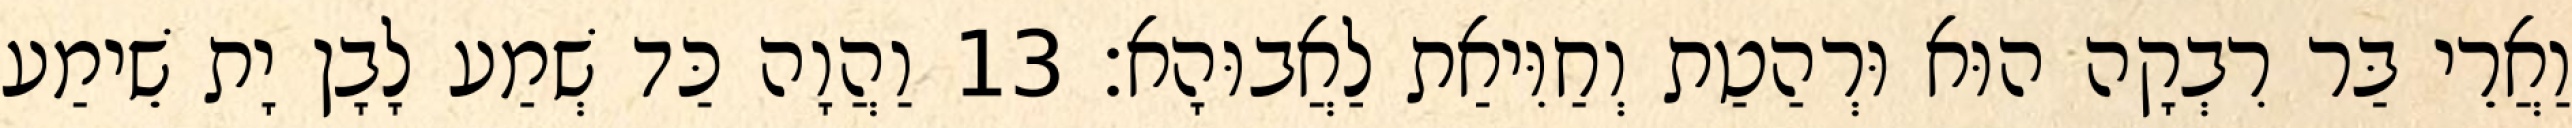
וַאֲרֵי בַּר רִבְקָה הוּא וּרְהַטַת וְחַוִּיאַת לַאֲבוּהָא׃ 13 וַהֲוָה כַּד שְׁמַע לָבָן יָת שֵׁימַע